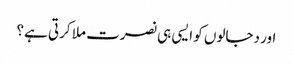
اور دجالوں کو ایسی ہی نصرت ملا کرتی ہے؟